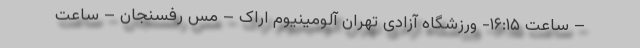
– ساعت ۱۶:۱۵- ورزشگاه آزادی تهران آلومینیوم اراک – مس رفسنجان – ساعت